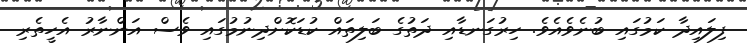
ފިލައިދާ ކަމުގައި ބުނެވެއެވެ. ހިރުގަނޑާއި ދަތުގެ ބަލިތައް ކުޑަކޮށްދިނުމުގައި ވެސް އަންނާރު އެހީތެރި